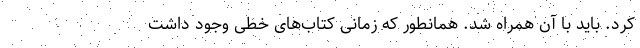
کرد. باید با آن همراه شد. همانطور که زمانی کتاب‌های خطی وجود داشت